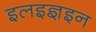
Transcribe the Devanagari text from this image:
इलइज्ञइन